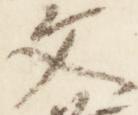
文